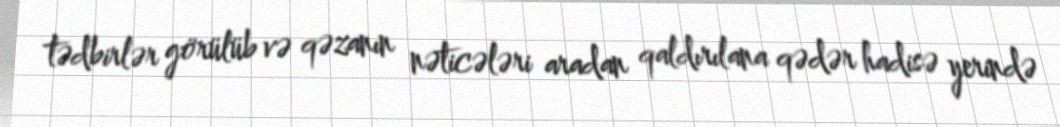
tədbirlər görülüb və qəzanın nəticələri aradan qaldırılana qədər hadisə yerində